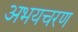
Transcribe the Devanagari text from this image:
अभयचरण